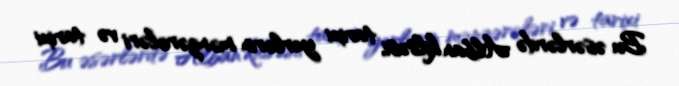
Bu əsərlərdə Alban kilsəsi, tarixi yerlərin mənzərələri və tarixi